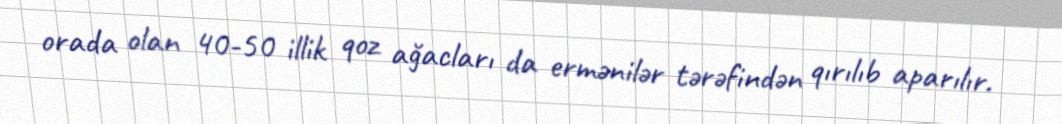
orada olan 40-50 illik qoz ağacları da ermənilər tərəfindən qırılıb aparılır.